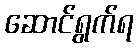
ဆောင်ရွက်ရ